Scottish Leaving Certificate Examination, 1959
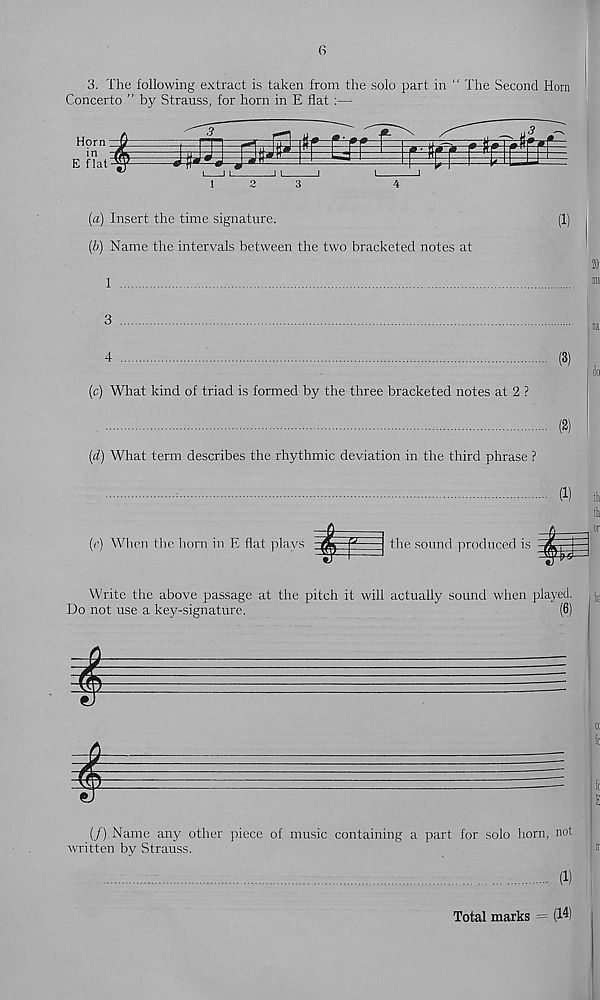
6
3. The following extract is taken from the solo part in " The Second Horn
Concerto ” by Strauss, for horn in E flat :—
[a) Insert the time signature.
(1)
(b) Name the intervals between the two bracketed notes at
I
4
(3)
(c) What kind of triad is formed by the three bracketed notes at 2 ?
(2)
(d) What term describes the rhythmic deviation in the third phrase ?
(1) ih
th
(c) When the horn in E fk at plays ^
the sound produced is
Write the above passage at the pitch it will actually sound when played.
Do not use a key-signature.
(6)
(/) Name any other piece of music containing a part for solo horn, not
written by Strauss.
(1)
Total marks = (14)